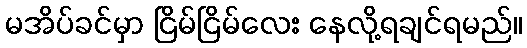
မအိပ်ခင်မှာ ငြိမ်ငြိမ်လေး နေလို့ရချင်ရမည်။